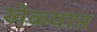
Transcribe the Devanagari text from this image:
खेळ्यात